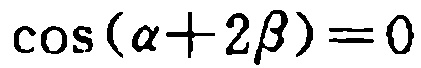
\(\cos(\alpha + 2\beta)=0\)